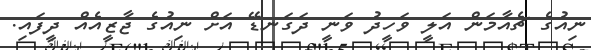
ނިއުގެ ޗެއާމަން އަލީ ވަހީދު ވަނީ ދަގަނޑޭ އަށް ނިއުގެ ޖާޒީއެއް ދީފައި.